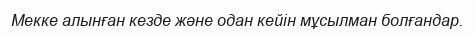
Мекке алынған кезде және одан кейін мұсылман болғандар.